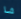
شا